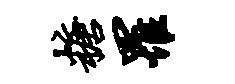
糖罹